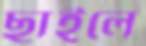
ছাইলে